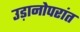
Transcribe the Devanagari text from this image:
उड़ानोपरांत